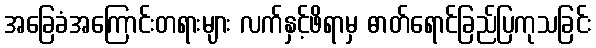
အခြေခံအကြောင်းတရားများ လက်နှင့်ဖိရာမှ ဓာတ်ရောင်ခြည်ပြကုသခြင်း